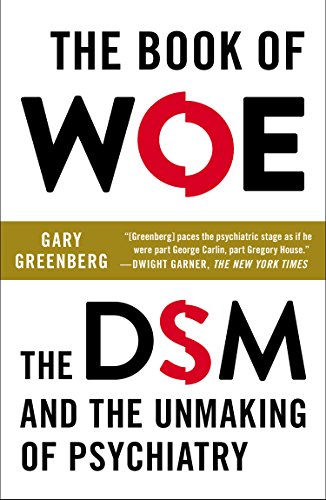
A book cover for The Book of Woe: The DSM and the Unmaking of Psychiatry; Gary Greenberg; Medical Books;